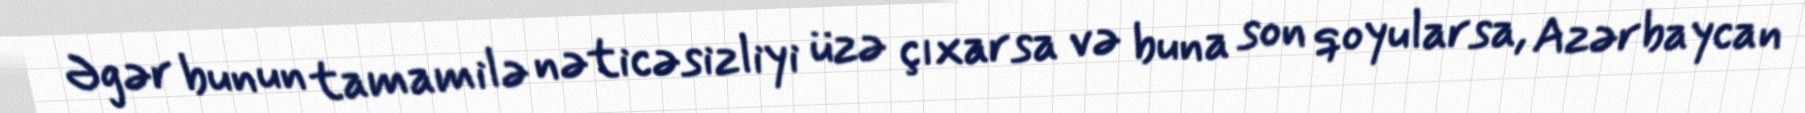
Əgər bunun tamamilə nəticəsizliyi üzə çıxarsa və buna son qoyularsa, Azərbaycan